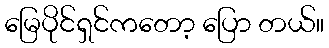
မြေပိုင်ရှင်ကတော့ ပြော တယ်။